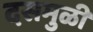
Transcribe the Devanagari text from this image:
दसमुळी